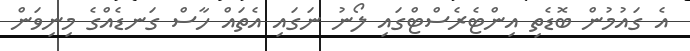
އެ ގައުމުން ބޮޑެތި އިންޓެރެސްޓްގައި ލޯނު ނަގައި އެތައް ހާސް ގަނޑެއްގެ މިނިވަން